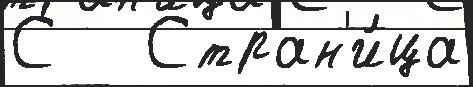
С   Стран'и́ца